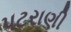
પટરાણી